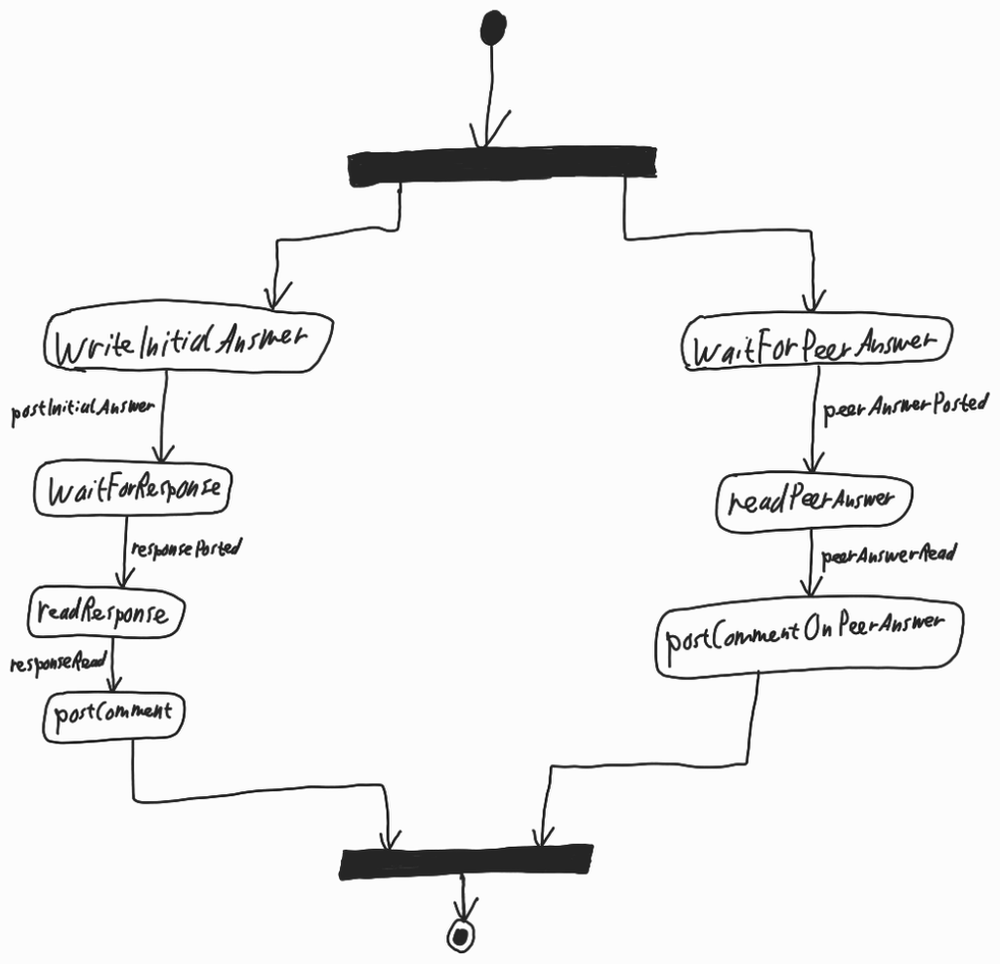
Diagram type: activity_diagram
```plantuml
@startuml

start

fork
  :WriteInitialAnswer;
  -> postInitialAnswer;
  :WaitForResponse;
  -> responsePosted;
  :readResponse;
  -> responseRead;
  :postComment;
fork again
  :WaitForPeerAnswer;
  -> peerAnswerPosted;
  :readPeerAnswer;
  -> peerAnswerRead;
  :postCommentOnPeerAnswer;
endfork

stop

@enduml
```